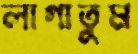
লাগাতুম